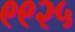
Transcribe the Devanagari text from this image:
९९२५